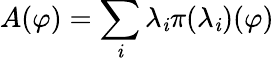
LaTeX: A(\varphi)=\sum_{\mathit{i}}\lambda_{\mathit{i}}\pi({\lambda_{\mathit{i}}})(\varphi)